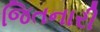
જિતનારી